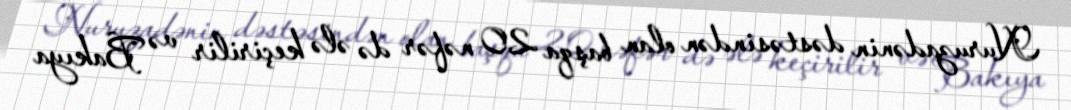
Nuruzadənin dəstəsindən olan başqa 20 nəfər də ələ keçirilir və Bakıya